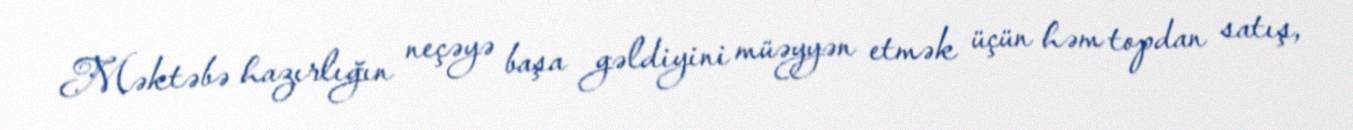
Məktəbə hazırlığın neçəyə başa gəldiyini müəyyən etmək üçün həm topdan satış,